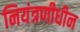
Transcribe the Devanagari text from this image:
नियंत्रणीधीन